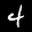
Label: 4